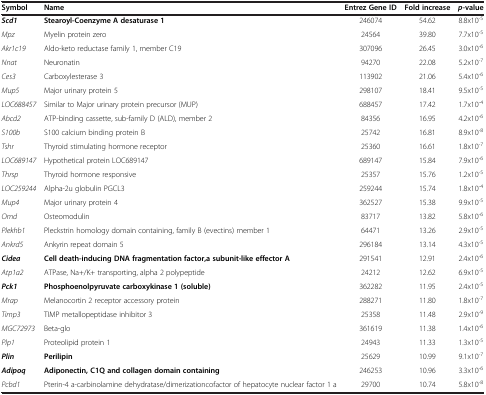
<table><thead><tr><td><b>Symbol</b></td><td><b>Name</b></td><td><b>Entrez Gene ID</b></td><td><b>Fold increase</b></td><td><b><i>p</i>-value</b></td></tr></thead><tbody><tr><td><b><i>Scd1</i></b></td><td><b>Stearoyl-Coenzyme A desaturase 1</b></td><td>246074</td><td>54.62</td><td>8.8x10<sup>-5</sup></td></tr><tr><td><i>Mpz</i></td><td>Myelin protein zero</td><td>24564</td><td>39.80</td><td>7.7x10<sup>-5</sup></td></tr><tr><td><i>Akr1c19</i></td><td>Aldo-keto reductase family 1, member C19</td><td>307096</td><td>26.45</td><td>3.0x10<sup>-6</sup></td></tr><tr><td><i>Nnat</i></td><td>Neuronatin</td><td>94270</td><td>22.08</td><td>5.2x10<sup>-7</sup></td></tr><tr><td><i>Ces3</i></td><td>Carboxylesterase 3</td><td>113902</td><td>21.06</td><td>5.4x10<sup>-6</sup></td></tr><tr><td><i>Mup5</i></td><td>Major urinary protein 5</td><td>298107</td><td>18.41</td><td>9.5x10<sup>-5</sup></td></tr><tr><td><i>LOC688457</i></td><td>Similar to Major urinary protein precursor (MUP)</td><td>688457</td><td>17.42</td><td>1.7x10<sup>-4</sup></td></tr><tr><td><i>Abcd2</i></td><td>ATP-binding cassette, sub-family D (ALD), member 2</td><td>84356</td><td>16.95</td><td>4.2x10<sup>-6</sup></td></tr><tr><td><i>S100b</i></td><td>S100 calcium binding protein B</td><td>25742</td><td>16.81</td><td>8.9x10<sup>-8</sup></td></tr><tr><td><i>Tshr</i></td><td>Thyroid stimulating hormone receptor</td><td>25360</td><td>16.61</td><td>1.8x10<sup>-7</sup></td></tr><tr><td><i>LOC689147</i></td><td>Hypothetical protein LOC689147</td><td>689147</td><td>15.84</td><td>7.9x10<sup>-6</sup></td></tr><tr><td><i>Thrsp</i></td><td>Thyroid hormone responsive</td><td>25357</td><td>15.76</td><td>1.2x10<sup>-5</sup></td></tr><tr><td><i>LOC259244</i></td><td>Alpha-2u globulin PGCL3</td><td>259244</td><td>15.74</td><td>1.8x10<sup>-4</sup></td></tr><tr><td><i>Mup4</i></td><td>Major urinary protein 4</td><td>362527</td><td>15.38</td><td>9.9x10<sup>-5</sup></td></tr><tr><td><i>Omd</i></td><td>Osteomodulin</td><td>83717</td><td>13.82</td><td>5.8x10<sup>-6</sup></td></tr><tr><td><i>Plekhb1</i></td><td>Pleckstrin homology domain containing, family B (evectins) member 1</td><td>64471</td><td>13.26</td><td>2.9x10<sup>-5</sup></td></tr><tr><td><i>Ankrd5</i></td><td>Ankyrin repeat domain 5</td><td>296184</td><td>13.14</td><td>4.3x10<sup>-5</sup></td></tr><tr><td><b><i>Cidea</i></b></td><td><b>Cell death-inducing DNA fragmentation factor,</b><b>a subunit-like effector A</b></td><td>291541</td><td>12.91</td><td>2.4x10<sup>-6</sup></td></tr><tr><td><i>Atp1a2</i></td><td>ATPase, Na+/K+ transporting, alpha 2 polypeptide</td><td>24212</td><td>12.62</td><td>6.9x10<sup>-5</sup></td></tr><tr><td><b><i>Pck1</i></b></td><td><b>Phosphoenolpyruvate carboxykinase 1 (soluble)</b></td><td>362282</td><td>11.95</td><td>2.4x10<sup>-5</sup></td></tr><tr><td><i>Mrap</i></td><td>Melanocortin 2 receptor accessory protein</td><td>288271</td><td>11.80</td><td>1.8x10<sup>-7</sup></td></tr><tr><td><i>Timp3</i></td><td>TIMP metallopeptidase inhibitor 3</td><td>25358</td><td>11.48</td><td>2.9x10<sup>-9</sup></td></tr><tr><td><i>MGC72973</i></td><td>Beta-glo</td><td>361619</td><td>11.38</td><td>1.4x10<sup>-6</sup></td></tr><tr><td><i>Plp1</i></td><td>Proteolipid protein 1</td><td>24943</td><td>11.33</td><td>1.3x10<sup>-5</sup></td></tr><tr><td><b><i>Plin</i></b></td><td><b>Perilipin</b></td><td>25629</td><td>10.99</td><td>9.1x10<sup>-7</sup></td></tr><tr><td><b><i>Adipoq</i></b></td><td><b>Adiponectin, C1Q and collagen domain containing</b></td><td>246253</td><td>10.96</td><td>3.3x10<sup>-6</sup></td></tr><tr><td><i>Pcbd1</i></td><td>Pterin-4 a-carbinolamine dehydratase/dimerizationcofactor of hepatocyte nuclear factor 1 a</td><td>29700</td><td>10.74</td><td>5.8x10<sup>-8</sup></td></tr></tbody></table>